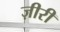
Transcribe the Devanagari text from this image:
ज़ीरी